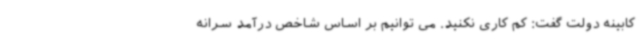
کابینه دولت گفت: کم کاری نکنید. می توانیم بر اساس شاخص درآمد سرانه